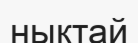
нықтай